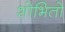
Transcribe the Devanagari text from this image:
शोभितो